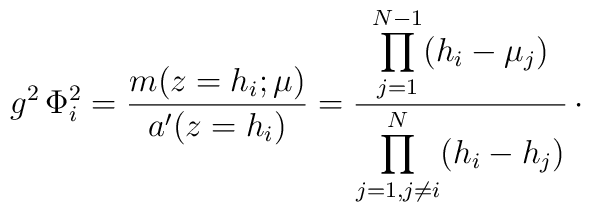
g^{2}\, \Phi _i^2 = {m(z=h_i;\mu)\over a'(z=h_i)} ={\displaystyle\prod_{j=1}^{N-1} (h_{i}-\mu_{j})\over\displaystyle\prod_{j=1,j\neq i}^{N} (h_{i}-h_{j})}\,\cdotp